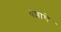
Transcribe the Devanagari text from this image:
धशाचे